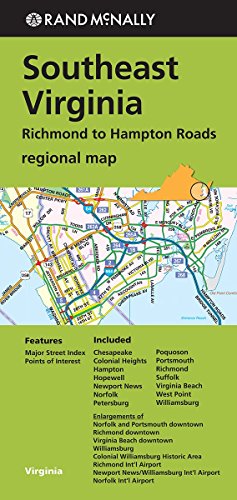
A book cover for Rand McNally: Southeast Virginia Richmond to Hampton Roads Regional; Rand McNally; Travel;